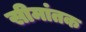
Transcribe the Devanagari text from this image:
सीमांतक